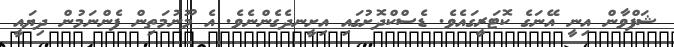
ޝަފްވާން އިނީ އޭނަގެ ކޮޓަރީގައެވެ. ޑެސްކްދޮށުގައި އިށީނދެގެންނެވެ. އެ މޫނުމަތިން ފެންނަމުން ދިޔައީ